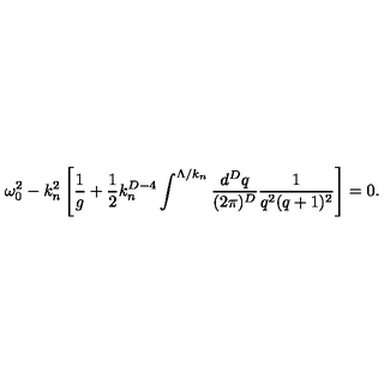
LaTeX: \omega _ { 0 } ^ { 2 } - k _ { n } ^ { 2 } \left[ { \frac { 1 } { g } } + { \frac { 1 } { 2 } } k _ { n } ^ { D - 4 } \int ^ { \Lambda / k _ { n } } { \frac { d ^ { D } q } { ( 2 \pi ) ^ { D } } } { \frac { 1 } { q ^ { 2 } ( q + 1 ) ^ { 2 } } } \right] = 0 .